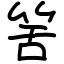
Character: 筈